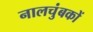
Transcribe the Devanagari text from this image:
नालचुंबकों